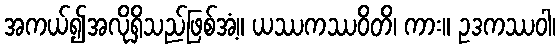
အကယ်၍အလိုရှိသည်ဖြစ်အံ့။ ယဿကဿဝိတိ၊ ကား။ ဥဒကဿဝါ၊